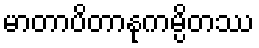
မာတာပိတာနုကမ္ပိတဿ